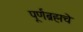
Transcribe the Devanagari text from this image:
पूर्णब्रह्मचे